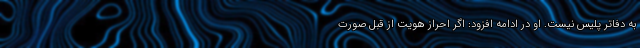
به دفاتر پلیس نیست. او در ادامه افزود: اگر احراز هویت از قبل صورت